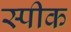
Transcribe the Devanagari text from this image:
स्‍पीक